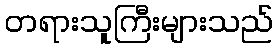
တရားသူကြီးများသည်